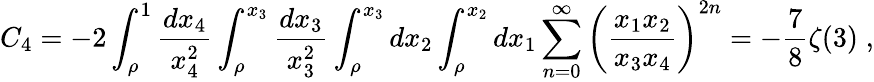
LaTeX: C_{4}=-2\int_{\rho}^{1}{\frac{dx_{4}}{x_{4}^{2}}}\int_{\rho}^{x_{3}}{\frac{dx_{3}}{x_{3}^{2}}}\int_{\rho}^{x_{3}}dx_{2}\int_{\rho}^{x_{2}}dx_{1}\sum_{n=0}^{\infty}\left({\frac{x_{1}x_{2}}{x_{3}x_{4}}}\right)^{2n}=-{\frac{7}{8}}\zeta(3)\; ,